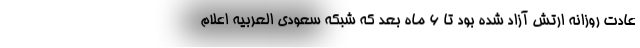
عادت روزانه ارتش آزاد شده بود تا ۶ ماه بعد که شبکه سعودی العربیه اعلام